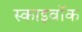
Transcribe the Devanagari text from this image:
स्काइवॉक